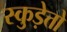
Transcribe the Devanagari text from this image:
स्कुड़ेत्तो